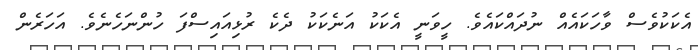
އެކަކުވެސް ވާހަކައެއް ނުދައްކައެވެ. ހީވަނީ އެކަކު އަނެކަކު ދެކެ ރުޅިއައިސްފަ ހުންނަހެނެވެ. އަހަރެން